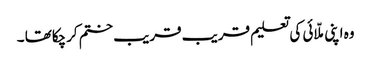
وہ اپنی ملّائی کی تعلیم قریب قریب ختم کرچکاتھا ۔